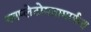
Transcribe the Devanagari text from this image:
नवप्लेटोमतामार्फत